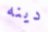
دينه